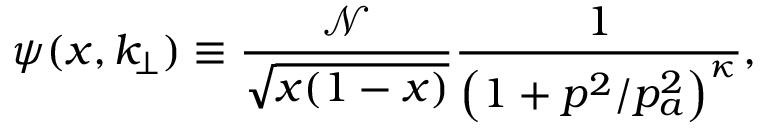
\psi ( x , k _ { \! \perp } ) \equiv \frac { \mathcal { N } } { \sqrt { x ( 1 - x ) } } \frac { 1 } { \left( 1 + p ^ { 2 } / p _ { a } ^ { 2 } \right) ^ { \kappa } } ,